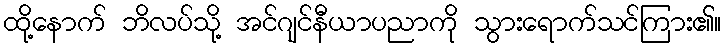
ထို့နောက် ဘိလပ်သို့ အင်ဂျင်နီယာပညာကို သွားရောက်သင်ကြား၏။